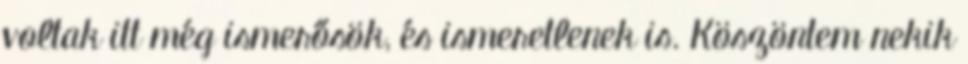
voltak itt még ismerősök, és ismeretlenek is. Köszöntem nekik